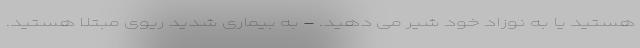
هستید یا به نوزاد خود شیر می دهید. - به بیماری شدید ریوی مبتلا هستید.